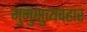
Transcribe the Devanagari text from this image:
मुमुक्षुव्यवहार